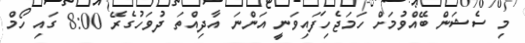
މި ސެޝަން ބޭއްވުމަށް ހަމަޖެހިފައިވަނީ އަންނަ އާދިއްތަ ދުވަހުގެރޭ 8:00 ގައި ހޯމް